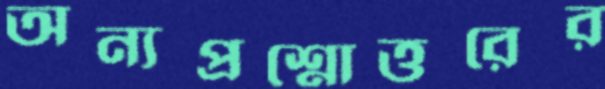
অন্যপ্রশ্নোত্তরের